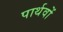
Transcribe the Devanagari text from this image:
पार्थवों